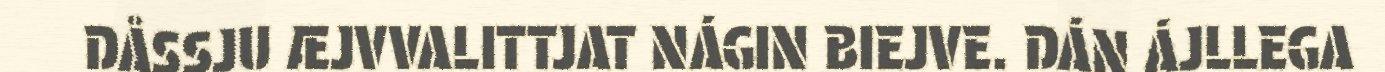
DÅSSJU ÆJVVALITTJAT NÁGIN BIEJVE. DÁN ÁJLLEGA